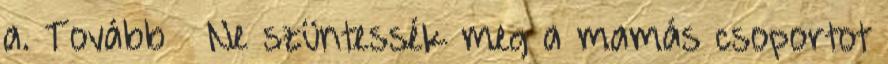
a. Tovább › ›Ne szüntessék meg a mamás csoportot